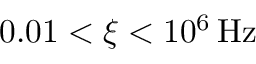
0 . 0 1 < \xi < 1 0 ^ { 6 } \mathrm { \, H z }